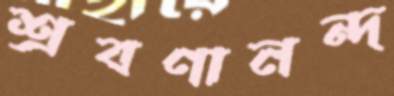
শ্রবণানন্দ